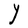
Character: Y